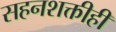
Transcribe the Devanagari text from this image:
सहनशक्तीही